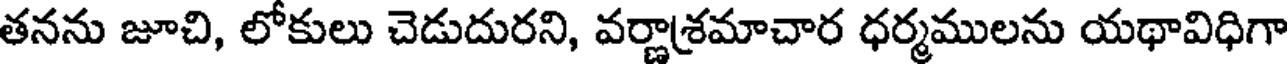
తనను జూచి, లోకులు చెడుదురని, వర్ణాశ్రమాచార ధర్మములను యథావిధిగా